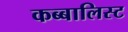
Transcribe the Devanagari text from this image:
कब्बालिस्ट